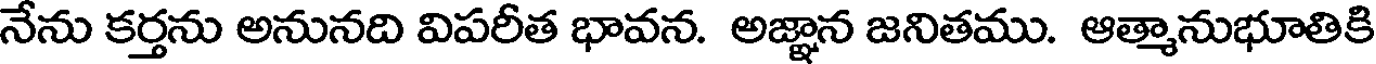
నేను కర్తను అనునది విపరీత భావన. అజ్ఞాన జనితము. ఆత్మానుభూతికి